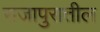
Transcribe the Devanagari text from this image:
राजापुरातील